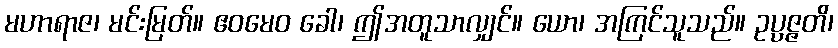
မဟာရာဇ၊ မင်းမြတ်။ ဧဝမေဝ ခေါ၊ ဤအတူသာလျှင်။ ယော၊ အကြင်သူသည်။ ဥပ္ပဇ္ဇတိ၊